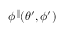
\phi ^ { \parallel } ( \theta ^ { \prime } , \phi ^ { \prime } )